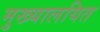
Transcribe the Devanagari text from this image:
मुख्यालयित